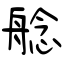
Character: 艌